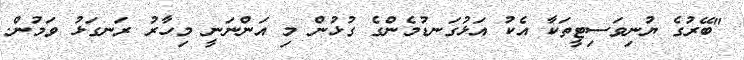
"ބޭރުގެ ޔުނިވަސިޓީތަކާ އެކު އަޅުގަނޑުމެންގެ ގުޅުން މި އަންނަނީ މިހާރު ރަނގަޅު ވަމުން.